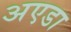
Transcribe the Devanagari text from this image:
अएडा